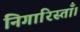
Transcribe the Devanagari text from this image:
निगारिस्ताँ।